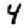
Digit: 4